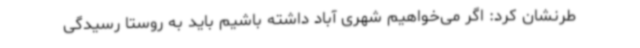
طرنشان کرد: اگر می‌خواهیم شهری آباد داشته باشیم باید به روستا رسیدگی